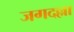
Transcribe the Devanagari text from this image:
जगदल्ला